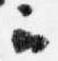
云